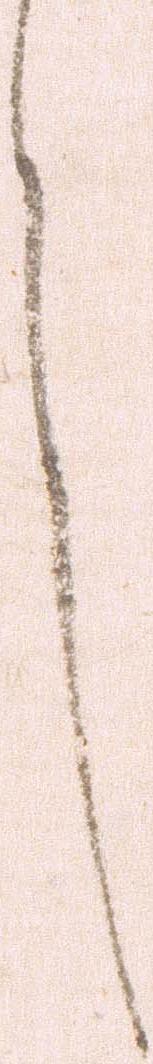
言